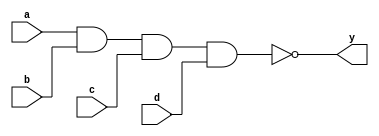
/*
  MIT License

  Copyright (c) 2019 Richard Eng

  Permission is hereby granted, free of charge, to any person obtaining a copy
  of this software and associated documentation files (the "Software"), to deal
  in the Software without restriction, including without limitation the rights
  to use, copy, modify, merge, publish, distribute, sublicense, and/or sell
  copies of the Software, and to permit persons to whom the Software is
  furnished to do so, subject to the following conditions:

  The above copyright notice and this permission notice shall be included in all
  copies or substantial portions of the Software.

  THE SOFTWARE IS PROVIDED "AS IS", WITHOUT WARRANTY OF ANY KIND, EXPRESS OR
  IMPLIED, INCLUDING BUT NOT LIMITED TO THE WARRANTIES OF MERCHANTABILITY,
  FITNESS FOR A PARTICULAR PURPOSE AND NONINFRINGEMENT. IN NO EVENT SHALL THE
  AUTHORS OR COPYRIGHT HOLDERS BE LIABLE FOR ANY CLAIM, DAMAGES OR OTHER
  LIABILITY, WHETHER IN AN ACTION OF CONTRACT, TORT OR OTHERWISE, ARISING FROM,
  OUT OF OR IN CONNECTION WITH THE SOFTWARE OR THE USE OR OTHER DEALINGS IN THE
  SOFTWARE.
*/

/*
  74LS20
  ------
  Dual 4-Input NAND Gate

  Pinout
  ------
          _______
         |       |
     a1 -| 1  14 |- VCC
     b1 -| 2  13 |- d2
     NC -| 3  12 |- c2
     c1 -| 4  11 |- NC
     d1 -| 5  10 |- b2
     y1 -| 6   9 |- a2
    GND -| 7   8 |- y2
         |_______|
*/
`default_nettype none

module ls20
(
    input wire  a, b, c, d,
    output wire y
);

nand(y, a, b, c, d);

endmodule